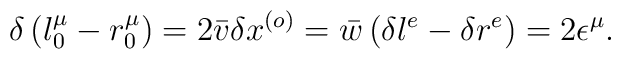
\delta\left(  l_{0}^{\mu}-r_{0}^{\mu}\right)  =2\bar{v}\delta x^{\left(o\right)  }=\bar{w}\left(  \delta l^{e}-\delta r^{e}\right)  =2\epsilon^{\mu}.